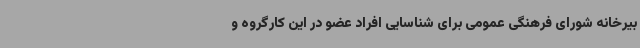
بیرخانه شورای فرهنگی عمومی برای شناسایی افراد عضو در این کارگروه و